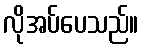
လိုအပ်ပေသည်။